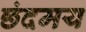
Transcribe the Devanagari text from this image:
छंदमय